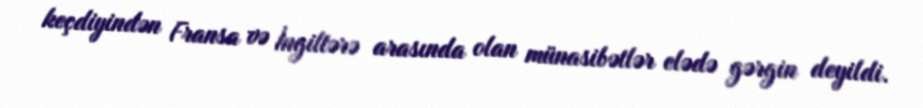
keçdiyindən Fransa və İngiltərə arasında olan münasibətlər elədə gərgin deyildi.